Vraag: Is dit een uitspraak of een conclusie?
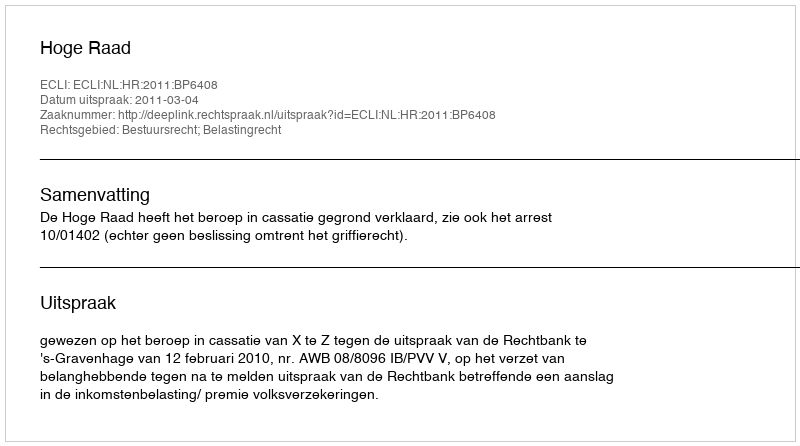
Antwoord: Uitspraak